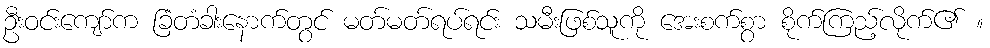
ဦးဝင်းကျော်က ခြံတံခါးနောက်တွင် မတ်မတ်ရပ်ရင်း သမီးဖြစ်သူကို အေးစက်စွာ စိုက်ကြည့်လိုက်၏ ။